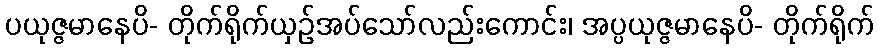
ပယုဇ္ဇမာနေပိ- တိုက်ရိုက်ယှဉ်အပ်သော်လည်းကောင်း၊ အပ္ပယုဇ္ဇမာနေပိ- တိုက်ရိုက်